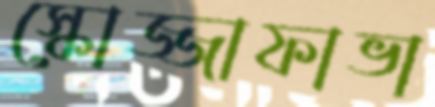
স্কোজ্জাফাভা